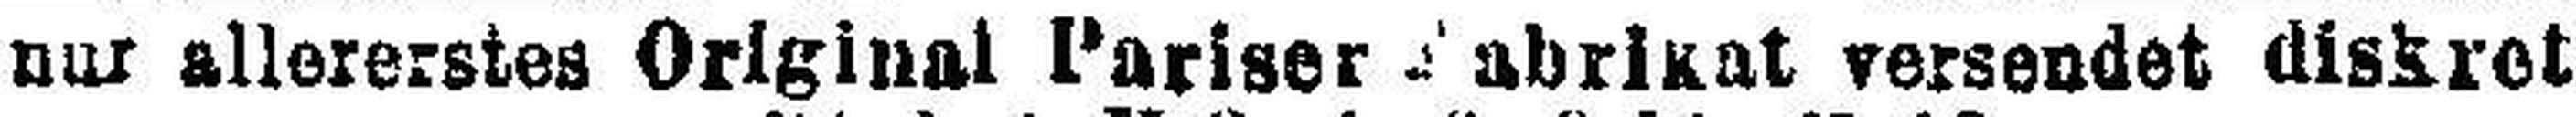
nur allererstes Original Pariser Fabrikat versendet diskret